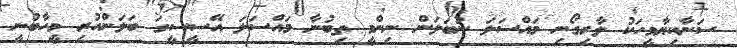
ސަނާކިޔާމީހަކު ލާރިގޯނި މައްސަލަ ނުބަލަން ނިންމީ ތިބުނާ މައްސަލަ އޭސީސީގަ ބަލަންހުރި މީހާބުނީ